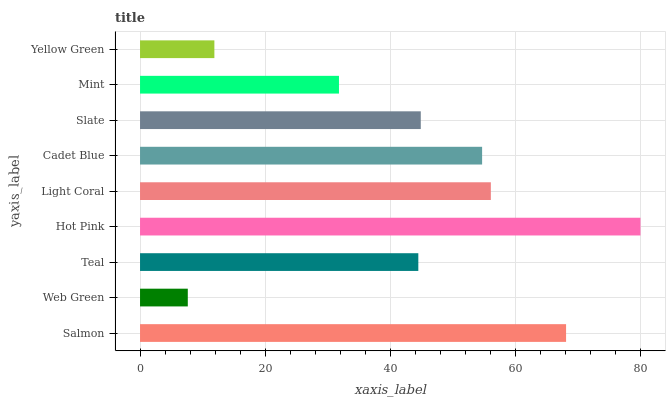
| yaxis_label | bars |
 | --- | --- |
 | Salmon | 68.1 |
 | Web Green | 7.63 |
 | Teal | 44.5 |
 | Hot Pink | 80 |
 | Light Coral | 56.1 |
 | Cadet Blue | 54.7 |
 | Slate | 44.9 |
 | Mint | 31.8 |
 | Yellow Green | 11.9 |